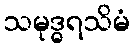
သမုဒ္ဓရသိမံ